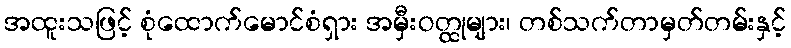
အထူးသဖြင့် စုံထောက်မောင်စံရှား အမှီးဝတ္ထုများ၊ တစ်သက်တာမှတ်တမ်းနှင့်